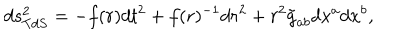
d s _ { T d S } ^ { 2 } = - f ( r ) d t ^ { 2 } + f ( r ) ^ { - 1 } d r ^ { 2 } + r ^ { 2 } \tilde { g } _ { a b } d x ^ { a } d x ^ { b } ,